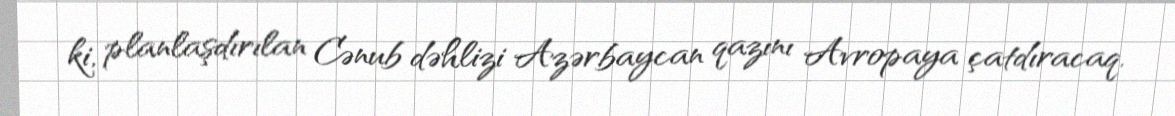
ki, planlaşdırılan Cənub dəhlizi Azərbaycan qazını Avropaya çatdıracaq.